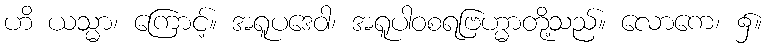
ဟိ ယသ္မာ၊ ကြောင့်။ အရူပဒေဝါ၊ အရူပါဝစရဗြဟ္မာတို့သည်။ လောကေ၊ ၌။